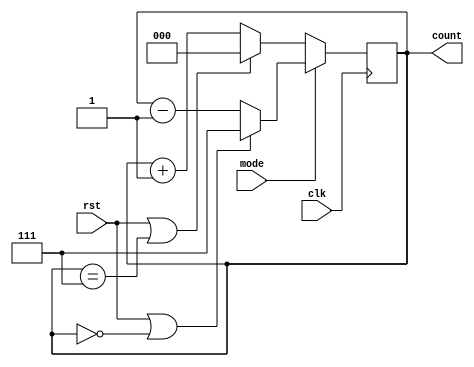
module UpDownCounter(
  
  input clk,
  input rst,
  input mode,
  output reg [2:0]count
  
);
  
  
  always@(posedge clk)
    begin
      if(mode)
        begin
          if((rst==1)|(count==0))
            count<=7;
          else
            count<=count-1;
        end
      else
        begin
          if((rst==1)|(count==7))
            count<=0;
          else
            count<=count+1;
        end
    end
  
  
endmodule